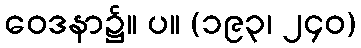
ဝေဒနာ၌။ ပ။ (၁၉၃၊ ၂၄၀)